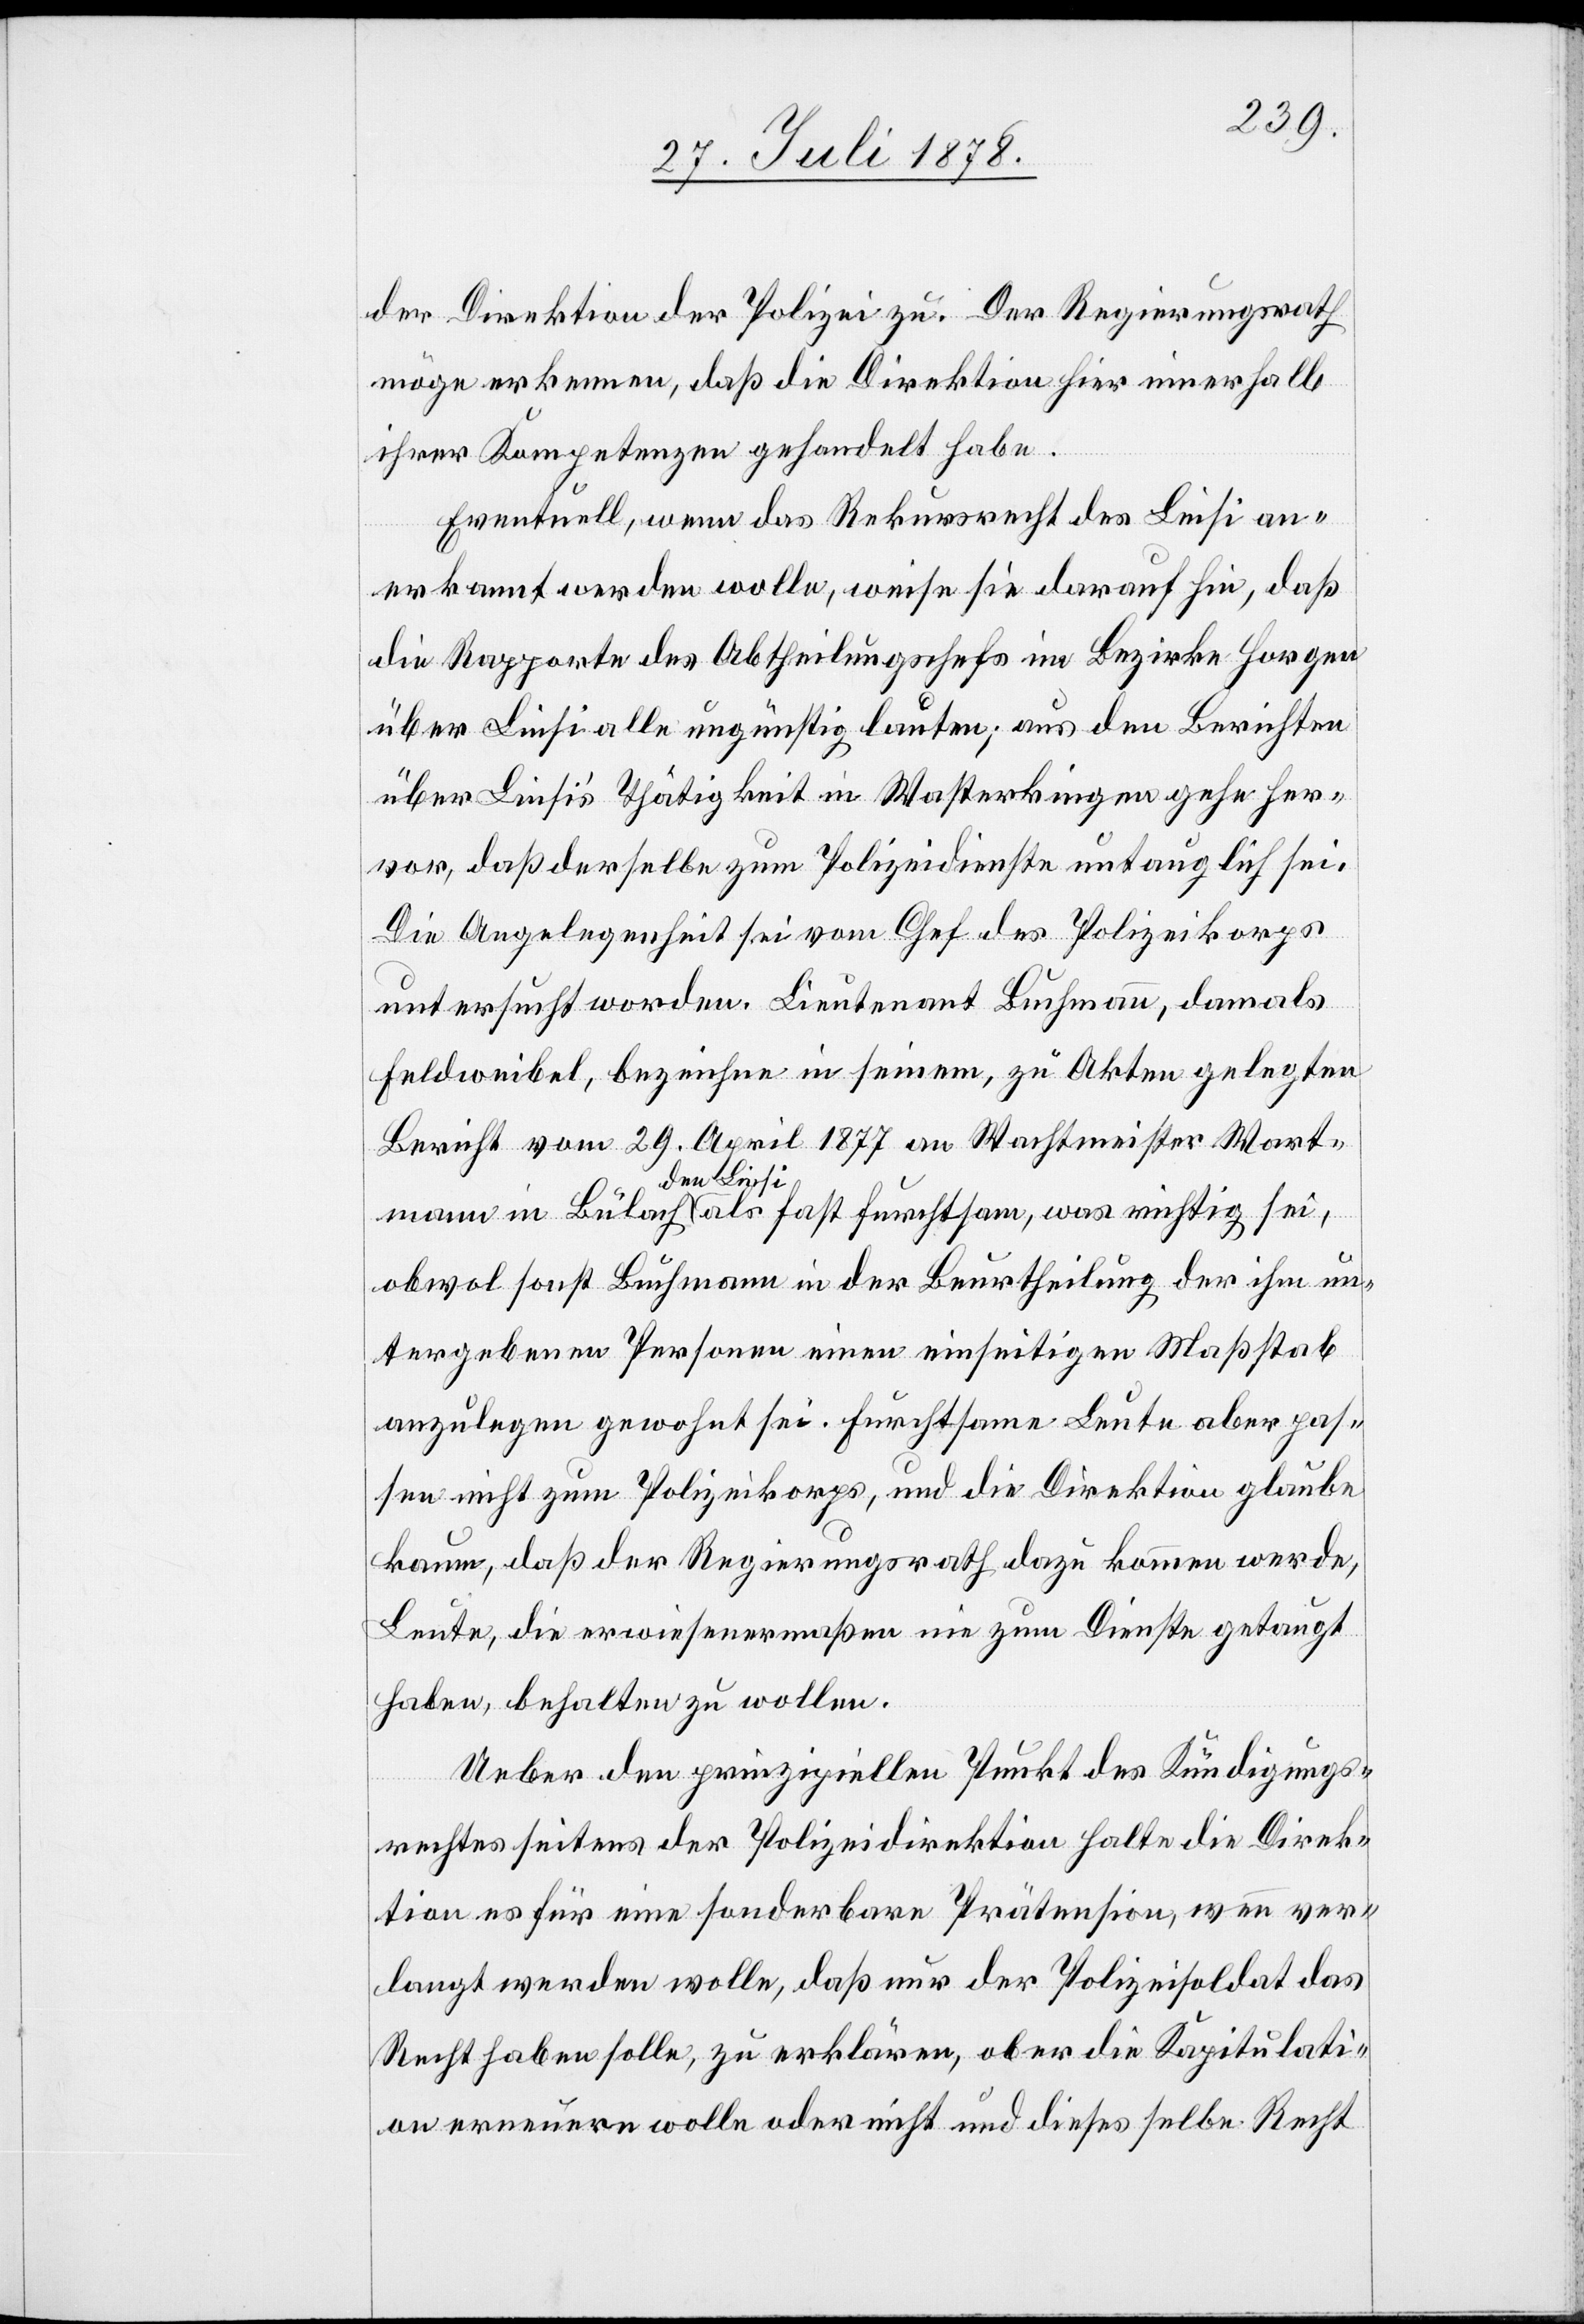
der Direktion der Polizei zu. Der Regierungsrath
möge erkennen, daß die Direktion hier innerhalb
ihrer Kompetenzen gehandelt habe.
Eventuell, wenn das Rekursrecht des Liesi an¬
erkannt werden wolle, weise sie darauf hin, daß
die Rapporte des Abtheilungschefs im Bezirke Horgen
über Liesi alle ungünstig lauten; aus den Berichten
über Liesi’s Thätigkeit in Wasterkingen gehe her¬
vor, daß derselbe zum Polizeidienste untauglich sei.
Die Angelegenheit sei vom Chef des Polizeikoprs
untersucht worden. Lieutenant Buchmann, damals
Feldweibel, bezeichne in seinem, zu Akten gelegten
Bericht vom 29. April 1877 an Wachtmeister Wart¬
mann in Bülach den Liesi als fast furchtsam, was richtig sei,
obwol sonst Buchmann in der Beurtheilung der ihm un¬
tergebenen Personen einen einseitigen Maßstab
anzulegen gewohnt sei. Furchtsame Leute aber pas¬
sen nicht zum Polizeikorps, und die Direktion glaube
kaum, daß der Regierungsrath dazu kommen werde,
Leute, die erwiesenermaßen nie zum Dienste getaugt
haben, behalten zu wollen.
Ueber den prinzipiellen Punkt des Kündigungs¬
rechtes seitens der Polizeidirektion halte die Direk¬
tion es für eine sonderbare Prätension, wenn ver¬
langt werden wolle, daß nur der Polizeisoldat das
Recht haben solle, zu erklären, ob er die Kapitulati¬
on erneuern wolle oder nicht und dieses selbe Recht